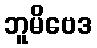
ဘူမိဗေဒ